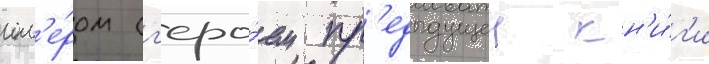
гом'е́ром (г'еро́ем пр'едыдущеи кн'и́г'и